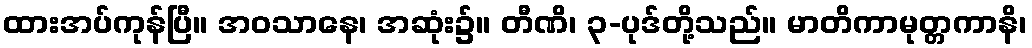
ထားအပ်ကုန်ပြီ။ အဝသာနေ၊ အဆုံး၌။ တီဏိ၊ ၃-ပုဒ်တို့သည်။ မာတိကာမုတ္တကာနိ၊